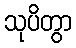
သုပိတွာ